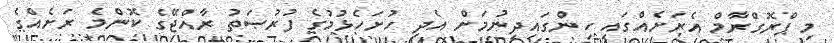
މި ޕްރޮގްރާމް އެރަށެއްގައި ހިންގައިދިނުމަށް އެދި ހުށަހެޅުމުގެ ފުރުޞަތު ރާއްޖޭގެ ކޮންމެ ރަށެއްގެ